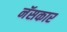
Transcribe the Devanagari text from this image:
नॅसकार